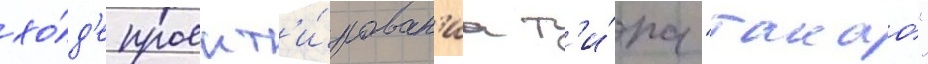
хо́д'е проект'и́рован'иа т'и́па "такао"